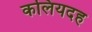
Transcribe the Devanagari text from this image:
कलियदह